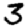
Digit: 3